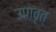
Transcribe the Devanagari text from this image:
उपावृत्